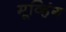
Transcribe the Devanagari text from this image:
मूव्हिंग